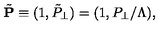
\tilde { \bf P } \equiv ( 1 , \tilde { P } _ { \perp } ) = ( 1 , P _ { \perp } / \Lambda ) ,